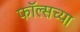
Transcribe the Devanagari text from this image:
फॉल्सच्या